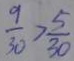
\frac { 9 } { 3 0 } > \frac { 5 } { 3 0 }